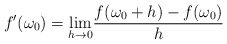
\begin{align*}f'(\omega_0 )={\lim_{h\rightarrow 0}}\frac{f(\omega_0 +h)-f(\omega_0 )}{h}\end{align*}